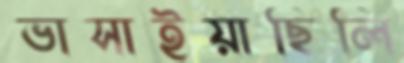
ভাসাইয়াছিলি